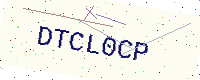
Text: DTCL0CP